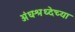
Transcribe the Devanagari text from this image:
अंधश्रध्देच्या